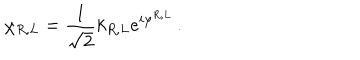
\chi _ { R , L } = \frac { 1 } { \sqrt { 2 } } k _ { R , L } e ^ { i \varphi ^ { R , L } } \, .